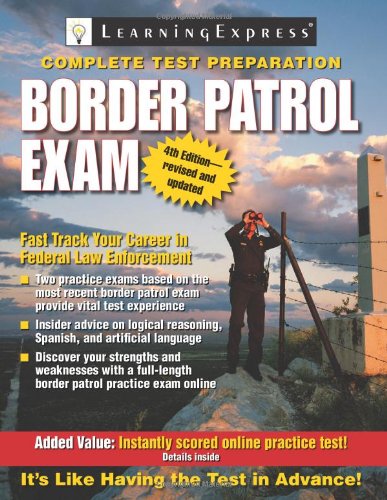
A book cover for Border Patrol Exam (Border Patrol Exam: Your Fast Track to a Career as a Border Patrol Agent); LearningExpress LLC Editors; Test Preparation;